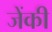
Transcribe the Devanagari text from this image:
जेंकी